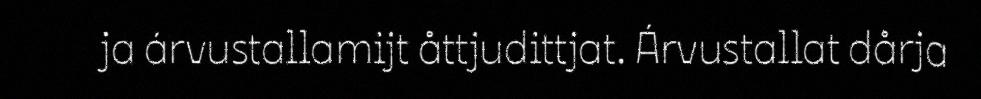
ja árvustallamijt åttjudittjat. Árvustallat dårja